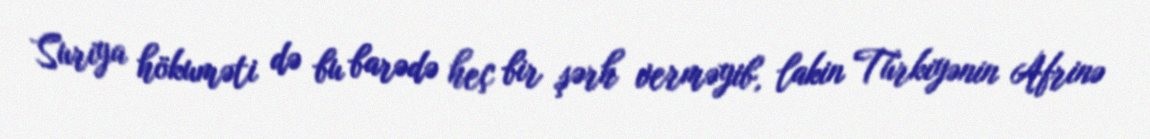
Suriya hökuməti də bu barədə heç bir şərh verməyib, lakin Türkiyənin Afrinə